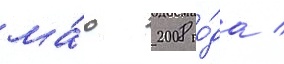
ма́ю 2008 го́да /